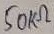
Text: 50KΩ